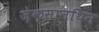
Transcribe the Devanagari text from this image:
ज़ेक्सानथिन